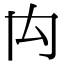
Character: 禸